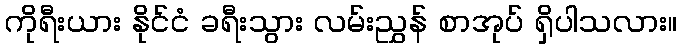
ကိုရီးယား နိုင်ငံ ခရီးသွား လမ်းညွှန် စာအုပ် ရှိပါသလား။